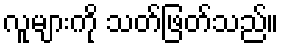
လူများကို သတ်ဖြတ်သည်။